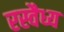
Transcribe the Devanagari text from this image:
रस्वैध्य